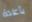
بأعادة